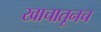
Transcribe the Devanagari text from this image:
खाचातूनच